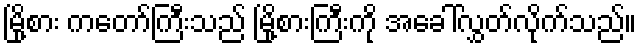
မြို့စား ကတော်ကြီးသည် မြို့စားကြီးကို အခေါ်လွှတ်လိုက်သည်။